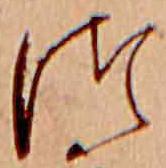
つ